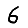
Digit: 6